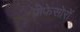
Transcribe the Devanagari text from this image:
प्रोफेसोरों